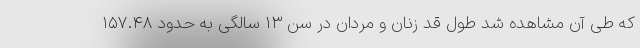
که طی آن مشاهده شد طول قد زنان و مردان در سن ۱۳ سالگی به حدود ۱۵۷.۴۸